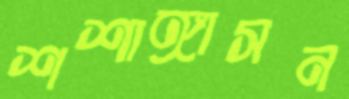
শশাঙ্গাসন